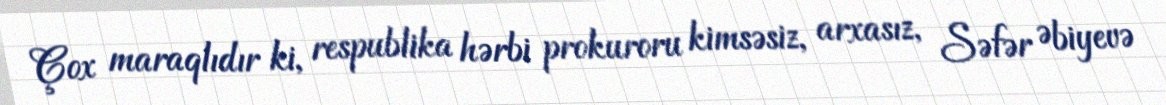
Çox maraqlıdır ki, respublika hərbi prokuroru kimsəsiz, arxasız, Səfər Əbiyevə